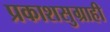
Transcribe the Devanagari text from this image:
प्रकाशसुग्राही